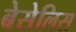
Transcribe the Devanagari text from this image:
बेसेलिस